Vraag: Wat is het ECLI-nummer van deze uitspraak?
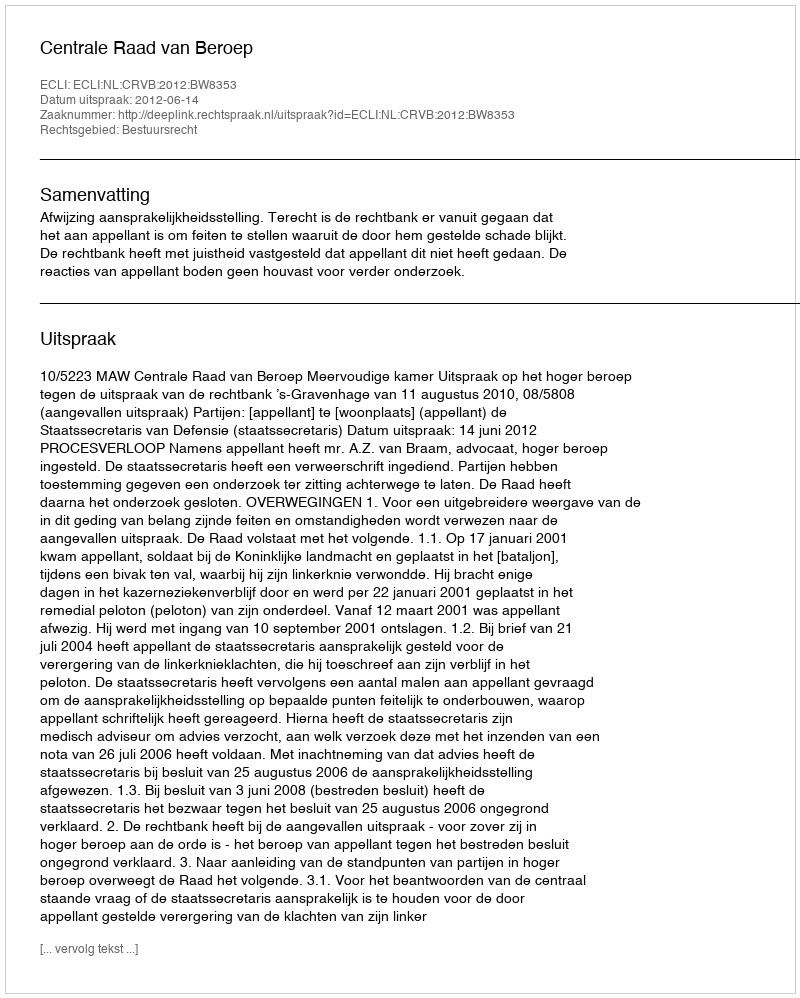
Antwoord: ECLI:NL:CRVB:2012:BW8353